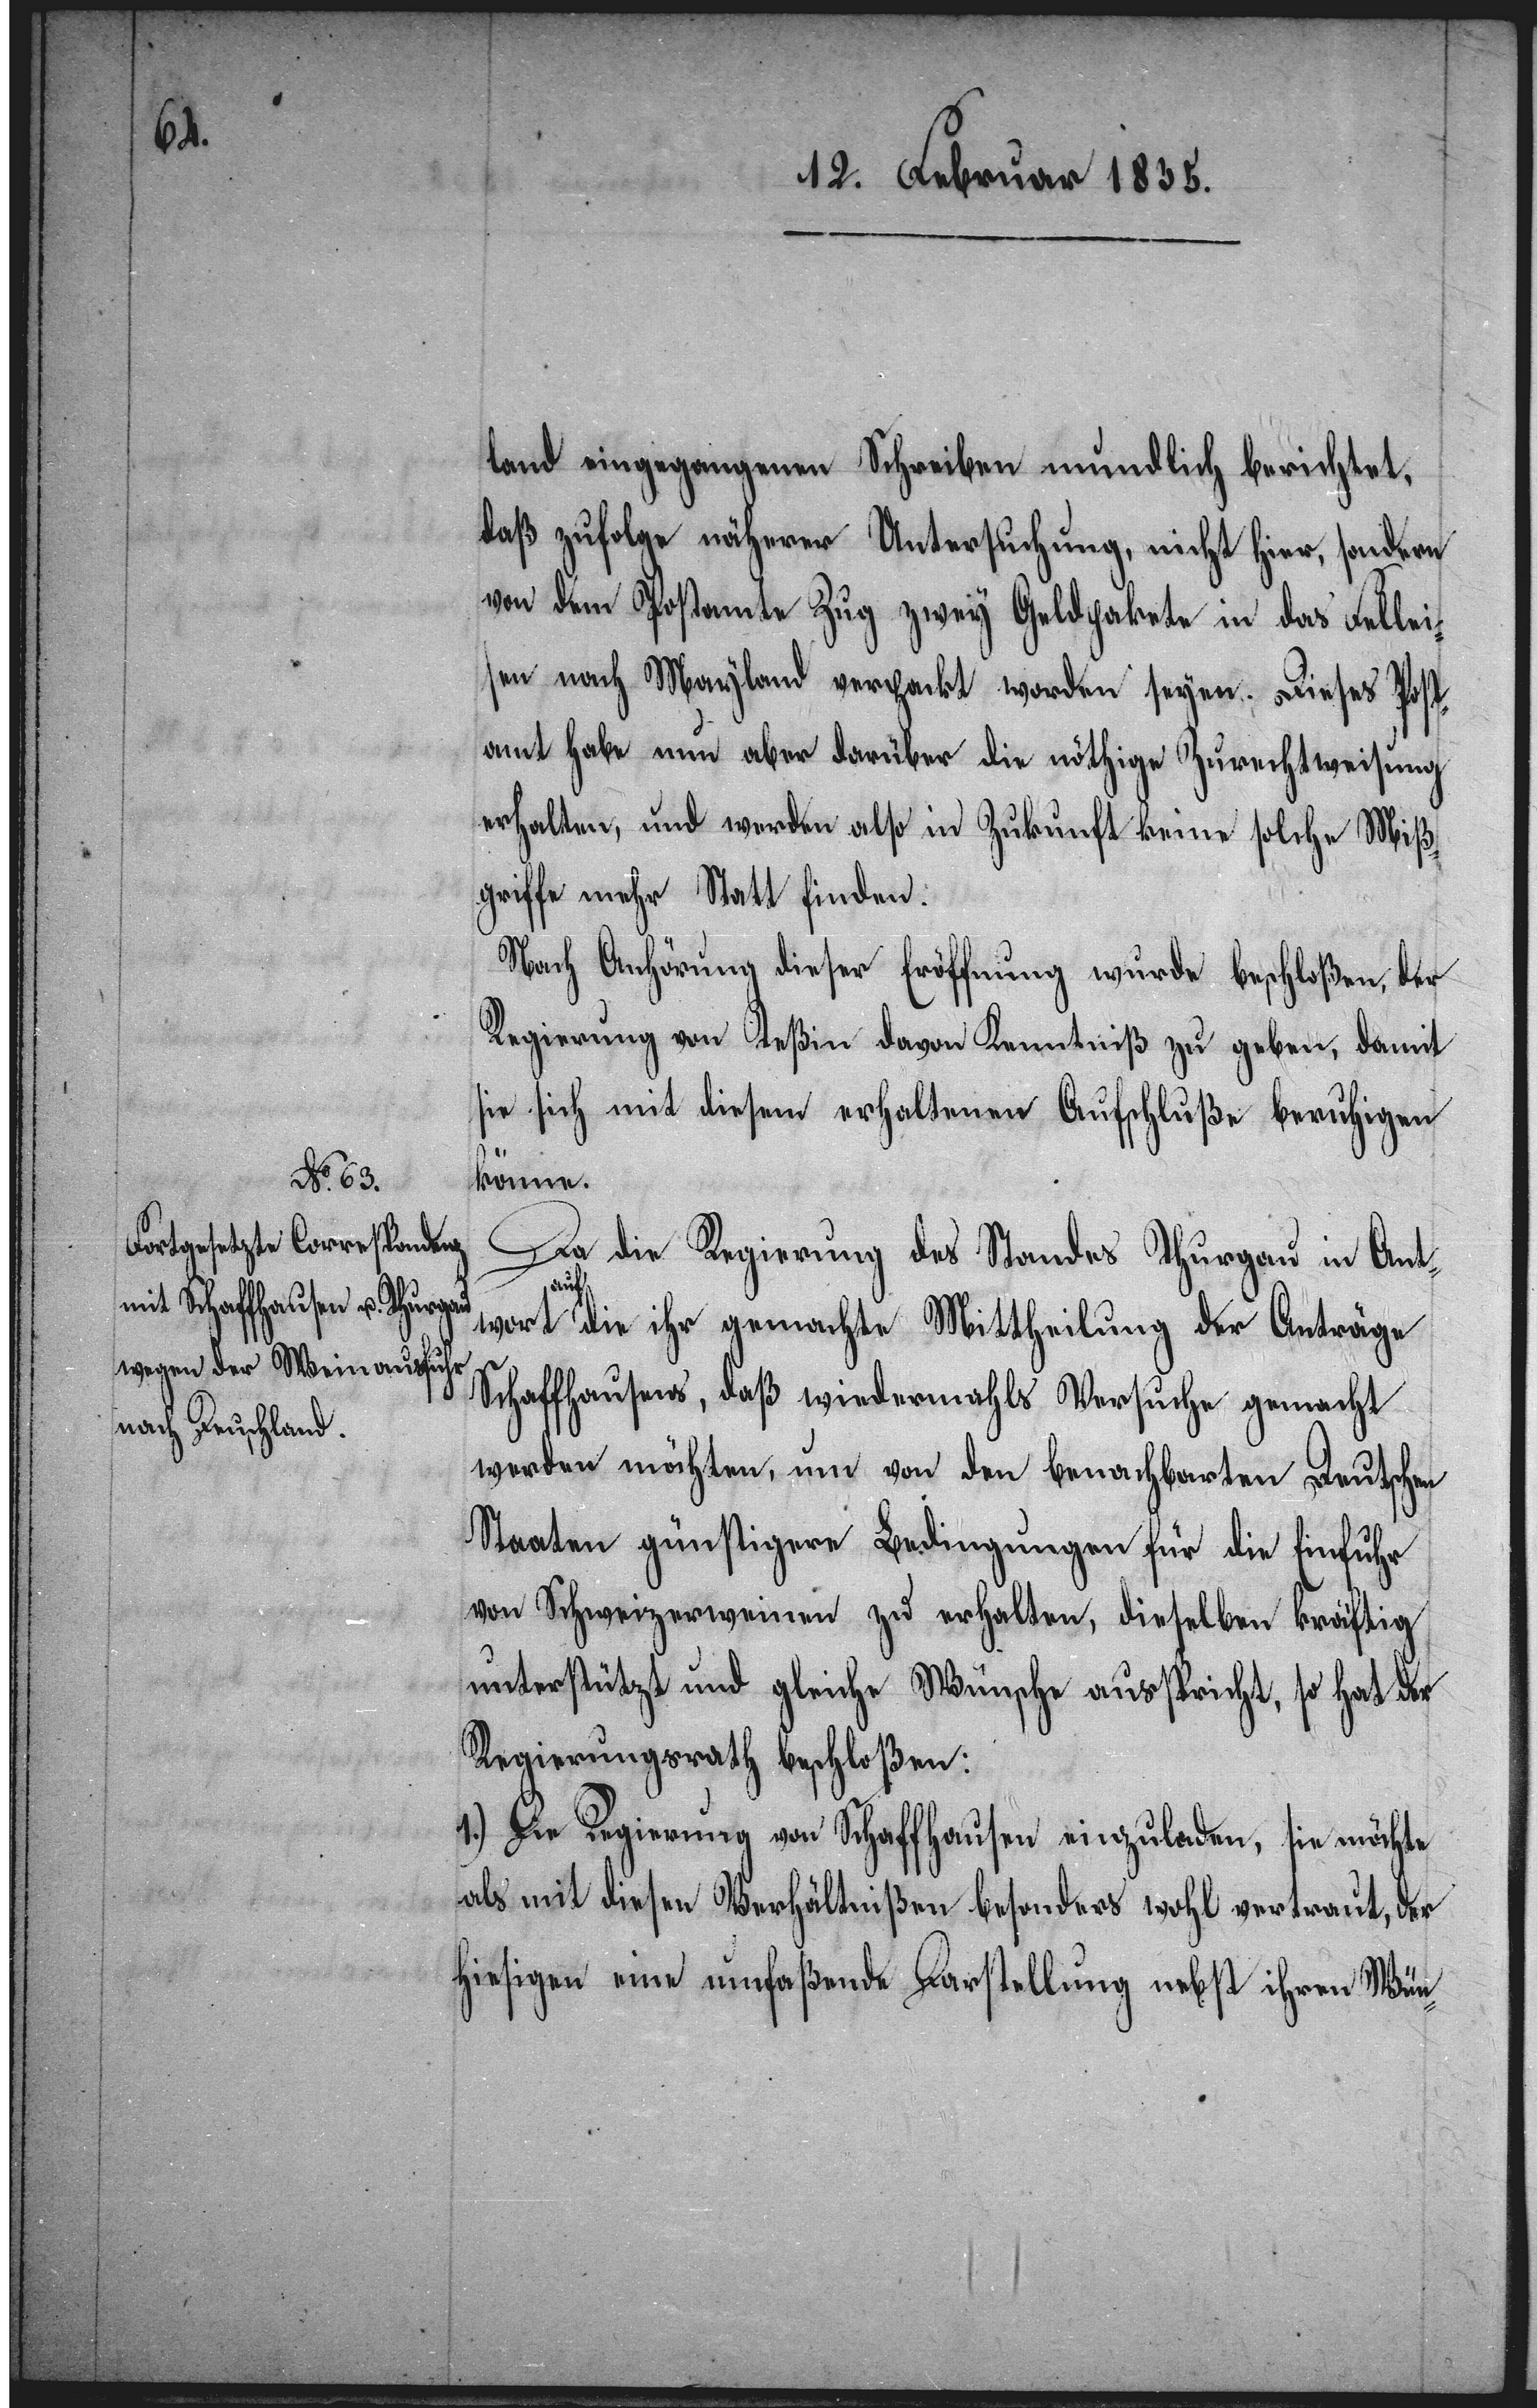
land eingegangenen Schreiben mundlich berichtet,
daß zufolge näherer Untersuchung, nicht hier, sondern
von dem Postamte Zug zwey Geldpakete in das Fellei¬
sen nach Mayland verpackt worden seyen. Dieses Post¬
amt habe nun aber darüber die nöthige Zurechtweisung
erhalten, und werden also in Zukunft keine solche Miß¬
griffe mehr Statt finden.
Nach Anhörung dieser Eröffnung wurde beschloßen, der
Regierung von Teßin davon Kenntniß zu geben, damit
sie sich mit diesem erhaltenen Aufschluße beruhigen
könne.
Da die Regierung des Standes Thurgau in Ant¬
wort auf die ihr gemachte Mittheilung der Anträge
Schaffhausens, daß wiedermahls Versuche gemacht
werden möchten, um von den benachbarten Deutschen
Staaten günstigere Bedingungen für die Einfuhr
von Schweizerweinen zu erhalten, dieselben kräftig
unterstützt und gleiche Wünsche ausspricht, so hat der
Regierungsrath beschloßen:
1.) Die Regierung von Schaffhausen einzuladen, sie möchte
als mit diesen Verhältnißen besonders wohl vertraut, der
hiesigen eine umfaßende Darstellung nebst ihren Wün-